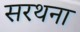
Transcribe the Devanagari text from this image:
सरथना